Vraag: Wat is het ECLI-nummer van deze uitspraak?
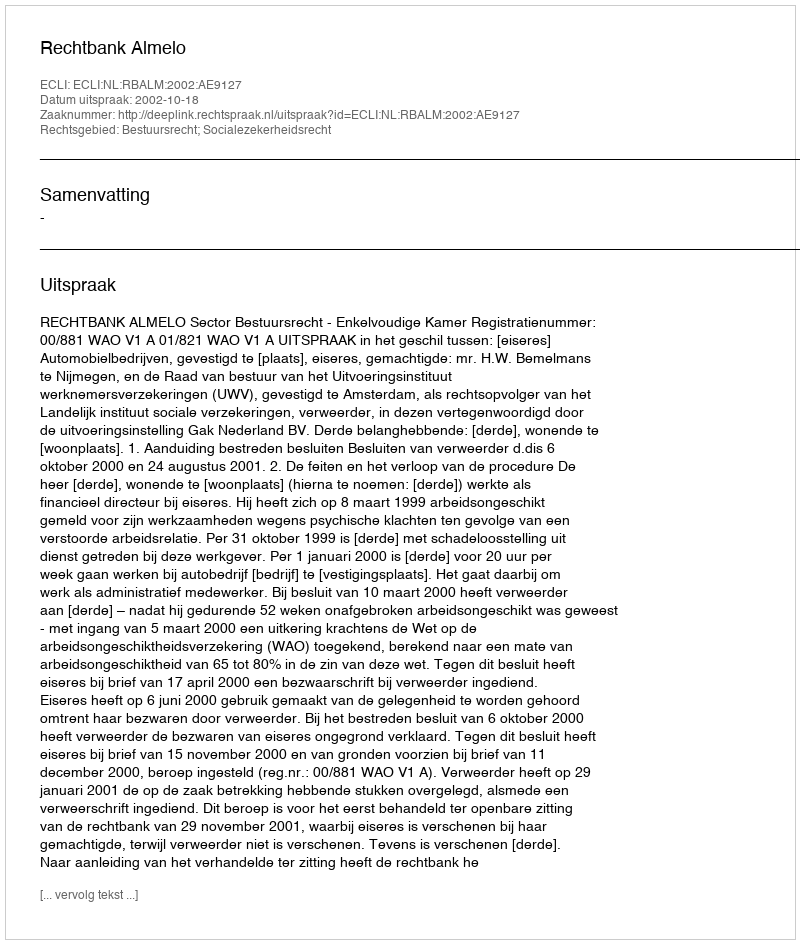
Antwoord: ECLI:NL:RBALM:2002:AE9127